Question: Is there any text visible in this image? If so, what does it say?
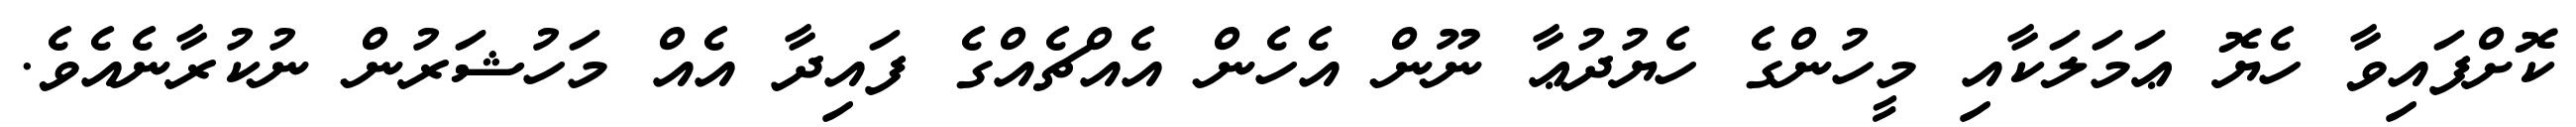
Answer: ކޮށްފައިވާ ހެޔޮ ޢަމަލަކާއި މީހުންގެ ހެޔުދުޢާ ނޫން އެހެން އެއްޗެއްގެ ފައިދާ އެއް މަހުޝަރުން ނުކުރާނެއެވެ.